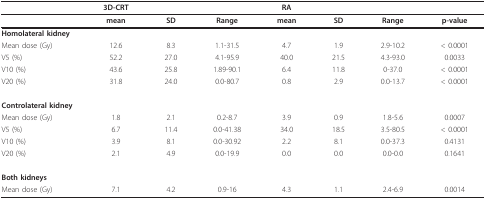
<table><thead><tr><td></td><td><b>3D-CRT</b></td><td></td><td></td><td><b>RA</b></td><td></td><td></td><td></td></tr></thead><tbody><tr><td></td><td><b>mean</b></td><td><b>SD</b></td><td><b>Range</b></td><td><b>mean</b></td><td><b>SD</b></td><td><b>Range</b></td><td><b>p-value</b></td></tr><tr><td colspan="2"><b>Homolateral kidney</b></td><td></td><td></td><td></td><td></td><td></td><td></td></tr><tr><td>Mean dose (Gy)</td><td>12.6</td><td>8.3</td><td>1.1-31.5</td><td>4.7</td><td>1.9</td><td>2.9-10.2</td><td>&lt; 0.0001</td></tr><tr><td>V5 (%)</td><td>52.2</td><td>27.0</td><td>4.1-95.9</td><td>40.0</td><td>21.5</td><td>4.3-93.0</td><td>0.0033</td></tr><tr><td>V10 (%)</td><td>43.6</td><td>25.8</td><td>1.89-90.1</td><td>6.4</td><td>11.8</td><td>0-37.0</td><td>&lt; 0.0001</td></tr><tr><td>V20 (%)</td><td>31.8</td><td>24.0</td><td>0.0-80.7</td><td>0.8</td><td>2.9</td><td>0.0-13.7</td><td>&lt; 0.0001</td></tr><tr><td colspan="2"><b>Controlateral kidney</b></td><td></td><td></td><td></td><td></td><td></td><td></td></tr><tr><td>Mean dose (Gy)</td><td>1.8</td><td>2.1</td><td>0.2-8.7</td><td>3.9</td><td>0.9</td><td>1.8-5.6</td><td>0.0007</td></tr><tr><td>V5 (%)</td><td>6.7</td><td>11.4</td><td>0.0-41.38</td><td>34.0</td><td>18.5</td><td>3.5-80.5</td><td>&lt; 0.0001</td></tr><tr><td>V10 (%)</td><td>3.9</td><td>8.1</td><td>0.0-30.92</td><td>2.2</td><td>8.1</td><td>0.0-37.3</td><td>0.4131</td></tr><tr><td>V20 (%)</td><td>2.1</td><td>4.9</td><td>0.0-19.9</td><td>0.0</td><td>0.0</td><td>0.0-0.0</td><td>0.1641</td></tr><tr><td colspan="2"><b>Both kidneys</b></td><td></td><td></td><td></td><td></td><td></td><td></td></tr><tr><td>Mean dose (Gy)</td><td>7.1</td><td>4.2</td><td>0.9-16</td><td>4.3</td><td>1.1</td><td>2.4-6.9</td><td>0.0014</td></tr></tbody></table>